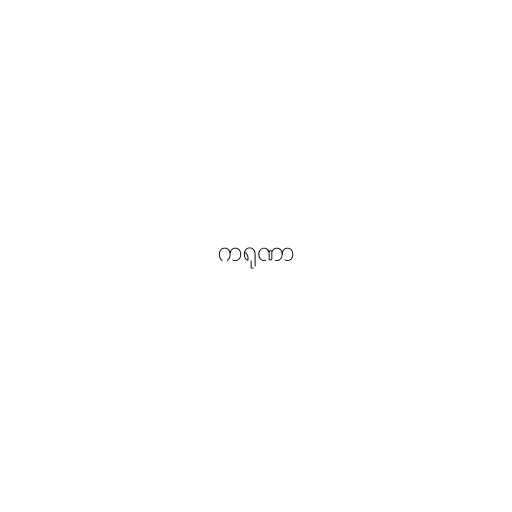
ကရုဏာ